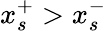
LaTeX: x_{s}^{+}>x_{s}^{-}